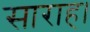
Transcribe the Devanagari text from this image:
साराह।